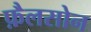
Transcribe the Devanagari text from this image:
फ़ैलसोन